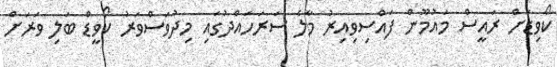
ކޯވިޑަށް ރައީސް މައުމޫން ފައްސިވިއިރު މާލެ ސަރަހައްދުގައި މިދުވަސްވަރު ކޯވީޑް ބަލި ވަރަށް